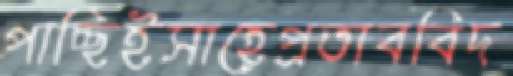
পাচ্ছিইসাহেপ্রতাববিদ